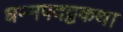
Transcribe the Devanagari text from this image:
धम्मपदट्ठकथा